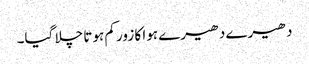
دھیرے دھیرے ہوا کا زور کم ہوتا چلا گیا۔